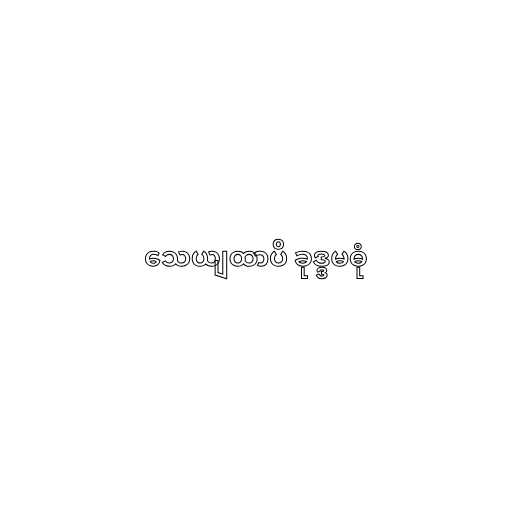
သေယျထာပိ ခုဒ္ဒမဓုံ